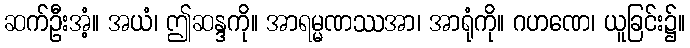
ဆက်ဦးအံ့။ အယံ၊ ဤဆန္ဒကို။ အာရမ္မဏဿအာ၊ အာရုံကို။ ဂဟဏေ၊ ယူခြင်း၌။